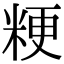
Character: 粳